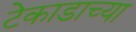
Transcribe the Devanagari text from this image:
टेकाडाच्या